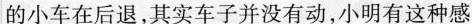
的小车在后退，其实车子并没有动，小明有这种感